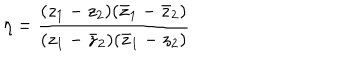
\eta = \frac { ( z _ { 1 } - z _ { 2 } ) ( \bar { z } _ { 1 } - \bar { z } _ { 2 } ) } { ( z _ { 1 } - \bar { z } _ { 2 } ) ( \bar { z } _ { 1 } - z _ { 2 } ) }